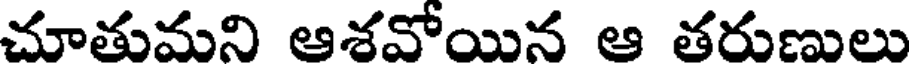
చూతుమని ఆశవోయిన ఆ తరుణులు